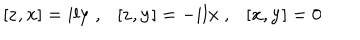
LaTeX: [ { \bf z } , { \bf x } ] = i l { \bf y } ~ , [ { \bf z } , { \bf y } ] = - i l { \bf x } ~ , [ { \bf x } , { \bf y } ] = 0